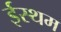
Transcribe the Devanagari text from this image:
ईस्थम